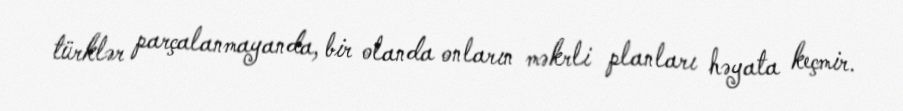
türklər parçalanmayanda, bir olanda onların məkrli planları həyata keçmir.